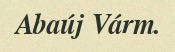
Abaúj Várm.